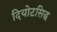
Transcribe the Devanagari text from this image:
दियोटसिद्ध